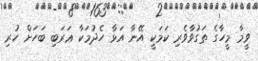
ވީމާ މީހާގެ ތަގުވާވެރި ކަމަކީ އޭނާ އަޅާ ހެދުމަކާ ޢަރަބި ބަހަށް ހުރި